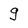
Character: g